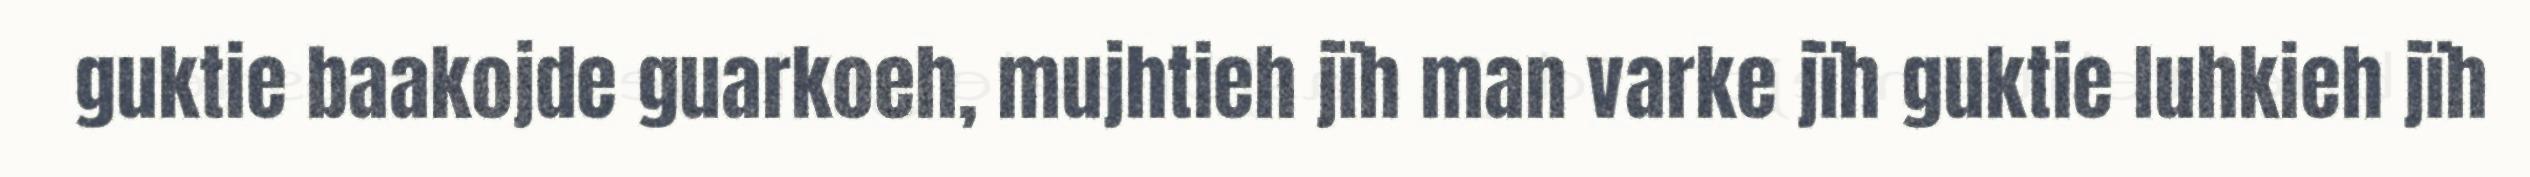
guktie baakojde guarkoeh, mujhtieh jïh man varke jïh guktie luhkieh jïh